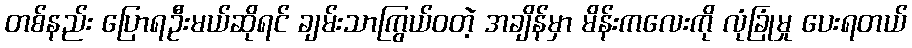
တစ်နည်း ပြောရဦးမယ်ဆိုရင် ချမ်းသာကြွယ်ဝတဲ့ အချိန်မှာ မိန်းကလေးကို လုံခြုံမှု ပေးရတယ်